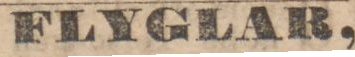
FLYGLAR,